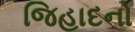
જિહાદનો